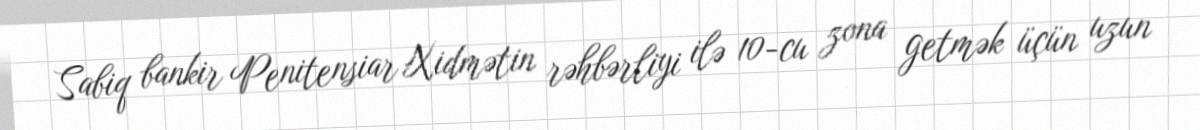
Sabiq bankir Penitensiar Xidmətin rəhbərliyi ilə 10-cu zona getmək üçün uzun